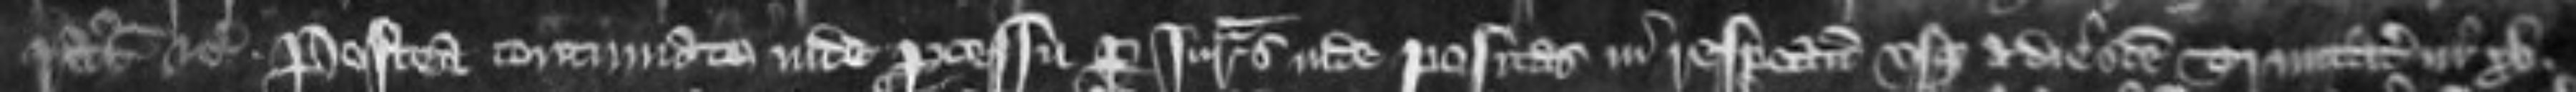
ratur etc. Postea continuato inde processu per juratas inde positas in respectum usque a die Sancte Trinitatis in xv